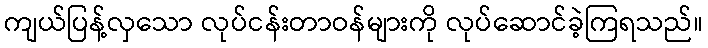
ကျယ်ပြန့်လှသော လုပ်ငန်းတာဝန်များကို လုပ်ဆောင်ခဲ့ကြရသည်။